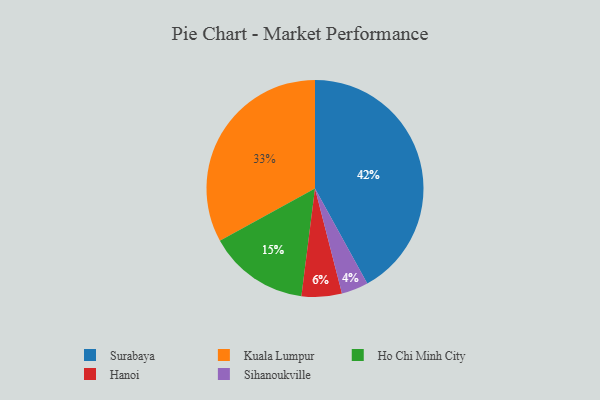
{"axis": {"x": "Category", "y": "Percentage"}, "legend": ["Hanoi", "Ho Chi Minh City", "Kuala Lumpur", "Sihanoukville", "Surabaya"], "data": [{"x": "Surabaya", "y": 42, "type": "Surabaya"}, {"x": "Kuala Lumpur", "y": 33, "type": "Kuala Lumpur"}, {"x": "Hanoi", "y": 6, "type": "Hanoi"}, {"x": "Sihanoukville", "y": 4, "type": "Sihanoukville"}, {"x": "Ho Chi Minh City", "y": 15, "type": "Ho Chi Minh City"}]}